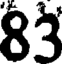
83